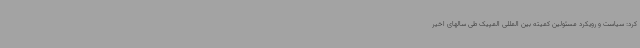
کرد: سیاست و رویکرد مسئولین کمیته بین المللی المپیک طی سالهای اخیر